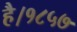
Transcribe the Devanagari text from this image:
है।१८५७